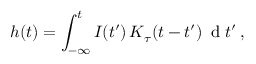
h ( t ) = \int _ { - \infty } ^ { t } I ( t ^ { \prime } ) \, K _ { \tau } ( t - t ^ { \prime } ) \, \mathrm { ~ d ~ } t ^ { \prime } \, ,